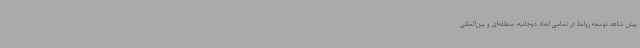
پیش شاهد توسعه روابط در تمامی ابعاد دوجانبه، منطقه‌ای و بین‌المللی